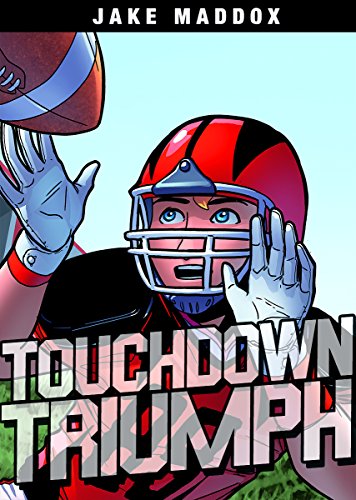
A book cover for Touchdown Triumph (Jake Maddox Sports Stories); Jake Maddox; Children's Books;